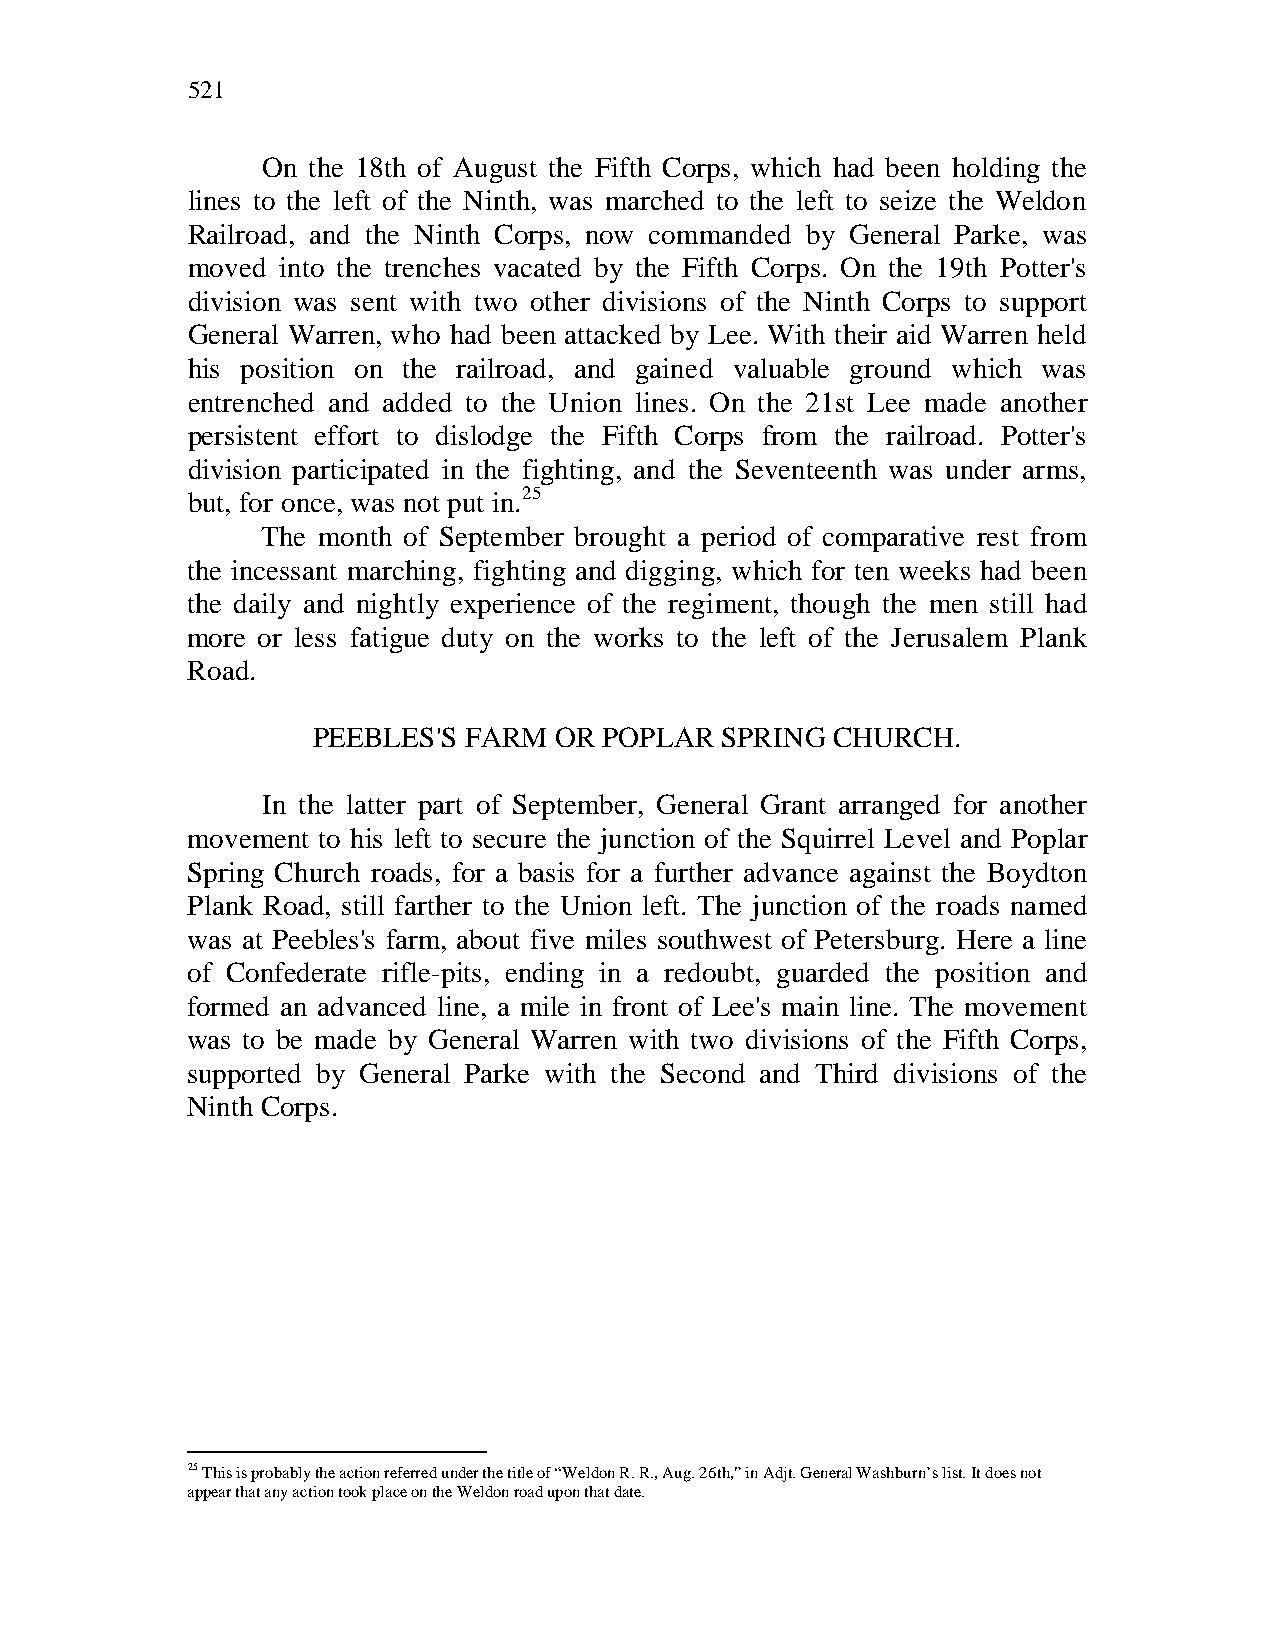
521
 On the 18th of August the Fifth Corps, which had been holding the
 lines to the left of the Ninth, was marched to the left to seize the Weldon
 Railroad, and the Ninth Corps, now commanded by General Parke, was
 moved into the trenches vacated by the Fifth Corps. On the 19th Potter's
 division was sent with two other divisions of the Ninth Corps to support
 General Warren, who had been attacked by Lee. With their aid Warren held
 his position on the railroad, and gained valuable ground which was
 entrenched and added to the Union lines. On the 21st Lee made another
 persistent effort to dislodge the Fifth Corps from the railroad. Potter's
 division participated in the fighting, and the Seventeenth was under arms,
 but, for once, was not put in.25
 The month of September brought a period of comparative rest from
 the incessant marching, fighting and digging, which for ten weeks had been
 the daily and nightly experience of the regiment, though the men still had
 more or less fatigue duty on the works to the left of the Jerusalem Plank
 Road.
 PEEBLES'S FARM  OR POPLAR  SPRING CHURCH.
 In the latter part of September, General Grant arranged for another
 movement to his left to secure the junction of the Squirrel Level and Poplar
 Spring Church roads, for a basis for a further advance against the Boydton
 Plank Road, still farther to the Union left. The junction of the roads named
 was at Peebles's farm, about five miles southwest of Petersburg. Here a line
 of Confederate rifle-pits, ending in a redoubt, guarded the position and
 formed an advanced line, a mile in front of Lee's main line. The movement
 was to be made by General Warren with two divisions of the Fifth Corps,
 supported by General Parke with the Second and Third divisions of the
 Ninth Corps.
 25 This is probably the action referred under the title of “Weldon R. R., Aug. 26th,” in Adjt. General Washburn’s list. It does not
 appear that any action took place on the Weldon road upon that date.